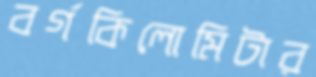
বর্গকিলোমিটার